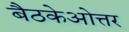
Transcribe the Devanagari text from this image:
बैठकेओत्तर